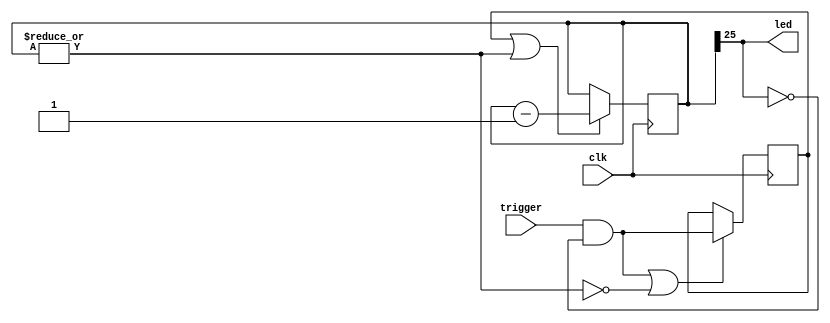
`timescale 1ns / 1ns

// Relatively simple LED driver to show presence of events,
// e.g., network packets arriving.
// LED on pulse lasts 2^(cw-1) cycles (0.27 seconds with default
// parameter cw=26 and 125 MHz clock) for a single event.
// With a "steady" stream of events, keeps going with that same
// on time and off time, period 2^(cw) cycles.

module activity(
	input clk,  // timespec 8.0 ns
	input trigger,
	output led
);

parameter cw=26;
reg [cw-1:0] cnt=0;
reg arm=0;
wire start = trigger & ~cnt[cw-1];
always @(posedge clk) begin
	if (arm | (|cnt)) cnt <= cnt-1;
	if (start | ~(|cnt)) arm <= start;
end

assign led = cnt[cw-1];

endmodule